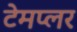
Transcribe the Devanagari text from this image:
टेमप्लर